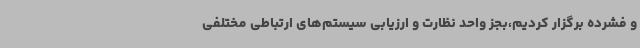
و فشرده برگزار کردیم،بجز واحد نظارت و ارزیابی سیستم‌های ارتباطی مختلفی